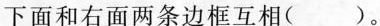
下面和右面两条边框互相()。